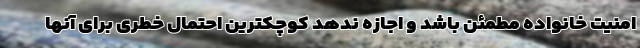
امنیت خانواده مطمئن باشد و اجازه ندهد کوچکترین احتمال خطری برای آنها